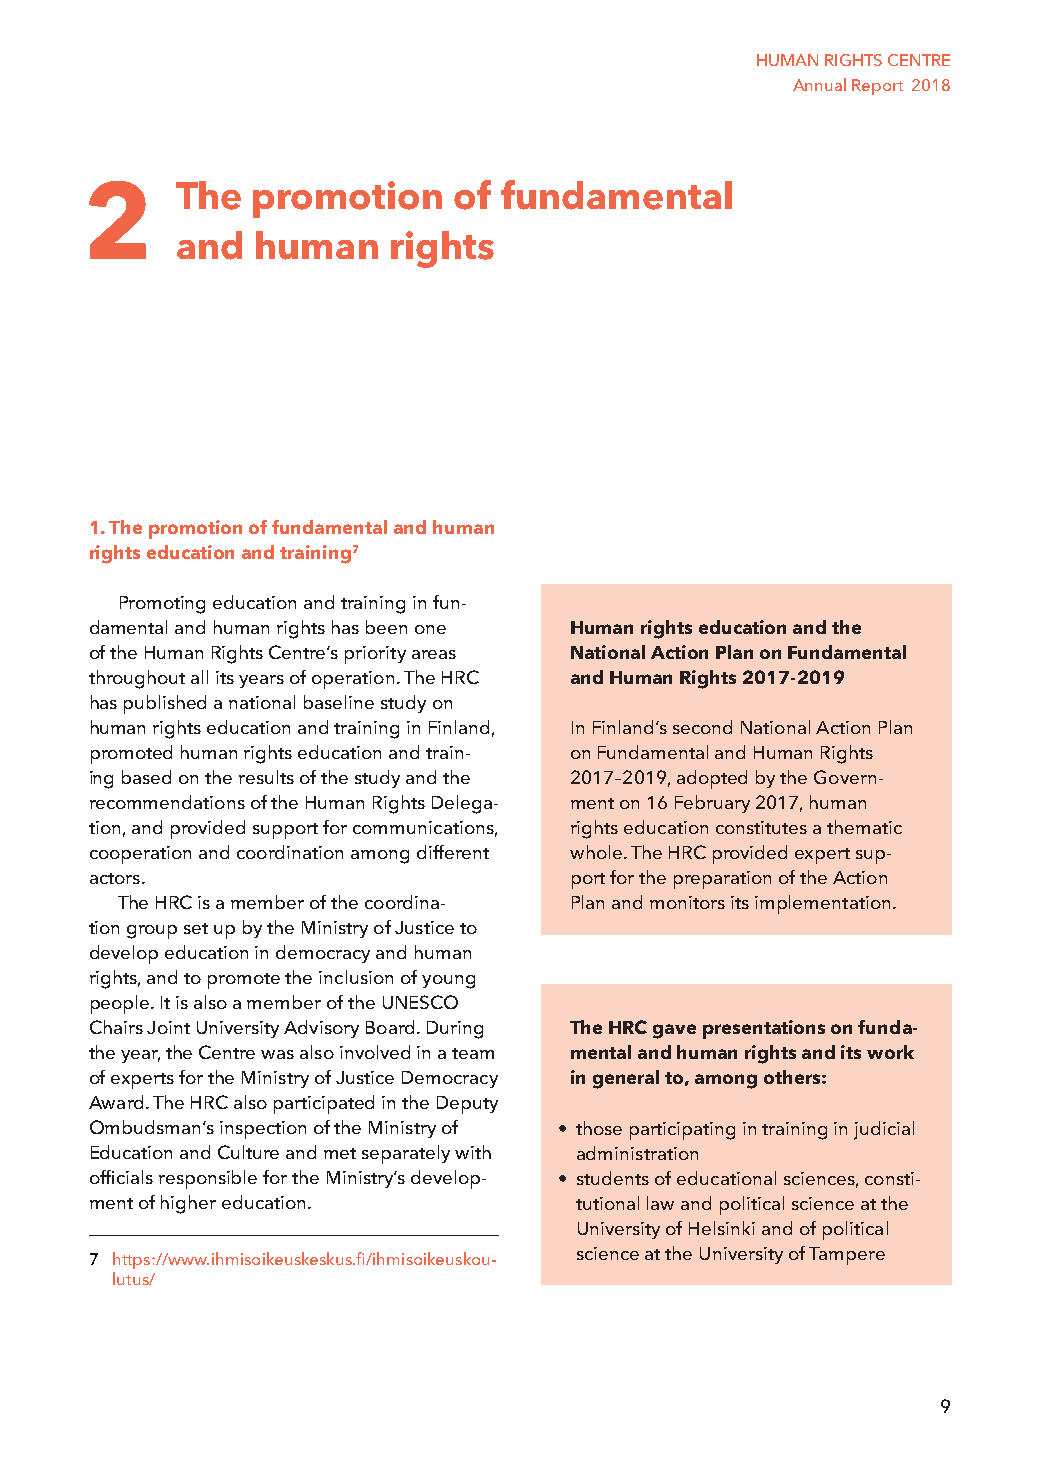
HUMAN RIGHTS CENTRE
 Annual Report 2018
 2      The  promotion    of fundamental
 and  human    rights
 1. The promotion of fundamental and human
 rights education and training7
 Promoting education and training in fun-
 damental and human rights has been one Human rights education and the
 of the Human Rights Centre’s priority areas National Action Plan on Fundamental
 throughout all its years of operation. The HRC and Human Rights 2017-2019
 has published a national baseline study on
 human rights education and training in Finland, In Finland’s second National Action Plan
 promoted human rights education and train- on Fundamental and Human Rights
 ing based on the results of the study and the 2017–2019, adopted by the Govern-
 recommendations of the Human Rights Delega- ment on 16 February 2017, human
 tion, and provided support for communications, rights education constitutes a thematic
 cooperation and coordination among different whole. The HRC provided expert sup-
 actors.                         port for the preparation of the Action
 The HRC is a member of the coordina- Plan and monitors its implementation.
 tion group set up by the Ministry of Justice to
 develop education in democracy and human
 rights, and to promote the inclusion of young
 people. It is also a member of the UNESCO
 Chairs Joint University Advisory Board. During The HRC gave presentations on funda-
 the year, the Centre was also involved in a team mental and human rights and its work
 of experts for the Ministry of Justice Democracy in general to, among others:
 Award. The HRC also participated in the Deputy
 Ombudsman’s inspection of the Ministry of • those participating in training in judicial
 Education and Culture and met separately with administration
 officials responsible for the Ministry’s develop- • students of educational sciences, consti-
 ment of higher education.       tutional law and political science at the
 University of Helsinki and of political
 science at the University of Tampere
 7 https://www.ihmisoikeuskeskus.fi/ihmisoikeuskou-
 lutus/
 9